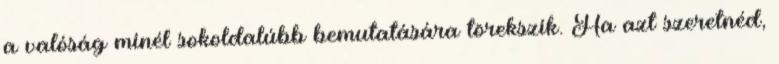
a valóság minél sokoldalúbb bemutatására törekszik. Ha azt szeretnéd,